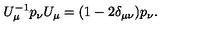
U _ { \mu } ^ { - 1 } p _ { \nu } U _ { \mu } = ( 1 - 2 \delta _ { \mu \nu } ) p _ { \nu } .